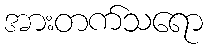
အားတက်သရော